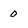
Character: 0